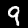
Label: 9